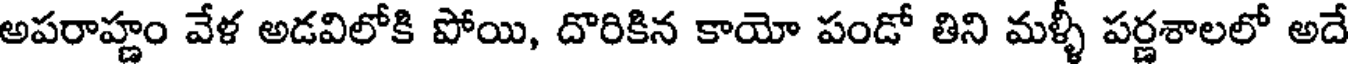
అపరాహ్ణం వేళ అడవిలోకి పోయి, దొరికిన కాయో పండో తిని మళ్ళీ పర్ణశాలలో అదే